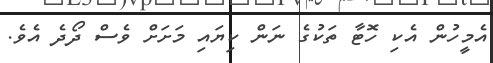
އެމީހުން އެކި ހޮޓާ ތަކުގެ ނަން ކިޔައި މަށަށް ވެސް ދޯދެ އެވެ.